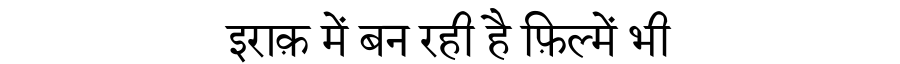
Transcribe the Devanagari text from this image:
इराक़ में बन रही है फ़िल्में भी